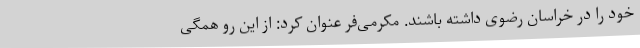
خود را در خراسان رضوی داشته باشند. مکرمی‌فر عنوان کرد: از این رو همگی